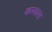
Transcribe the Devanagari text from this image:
कल्कास